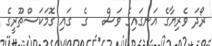
ރޯދަ ވެރިޔާގެ އަނގައިގެ ވަސް   ގެ  ގައި ގޮމަކަސްތޫރީގެ